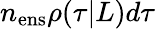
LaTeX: n_{\mathrm{ens}}\rho(\tau|L)d\tau